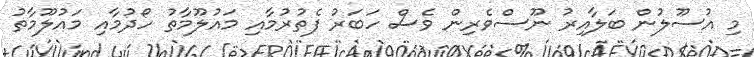
މި އުސޫލުން ބަލާއިރު ނޫސްވެރިން ވެސް ހަބަރު ފެތުރުމާއި މައުލޫމާތު ހޯދުމާއި މައުލޫމާތު